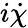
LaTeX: i\dot{\chi}